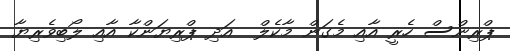
ޕްރިންސް ހެރީ އާއި މެގަން މާކެލް  އަދި ޕްރިޔަންކާ އާއި ލޯބިވެރިޔާ